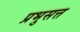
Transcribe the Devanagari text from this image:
प्रभुसत्त